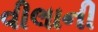
વીલાની